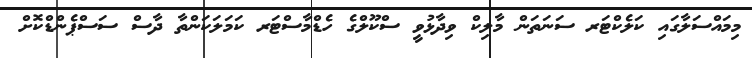
މިމައްސަލާގައި ކަލެކްޓަރ ސަނަތަން މާލިކް ވިދާޅުވީ ސްކޫލްގެ ހެޑްމާސްޓަރ ކަމަލަކަންތާ ދާސް ސަސްޕެންޑްކޮށް